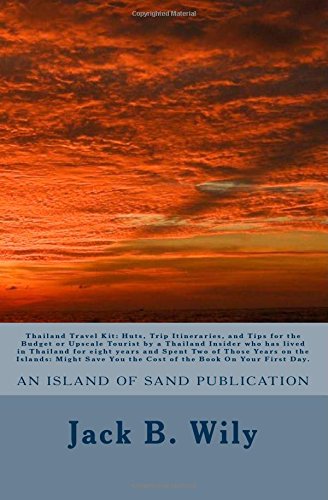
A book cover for Thailand Travel Kit: Huts, Trip Itineraries, and Tips for the Budget or Upscale Tourist by a Thailand Insider who has lived in Thailand for eight ... You the Cost of the Book On Your First Day.; Jack B. Wily; Travel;